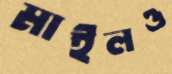
মাইলও